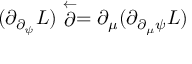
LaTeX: ( \partial _ { \partial _ { \psi } } L ) \stackrel { \leftarrow } { \partial } = \partial _ { \mu } ( \partial _ { \partial _ { \mu } \psi } L )